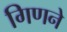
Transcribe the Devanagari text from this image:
गिणने